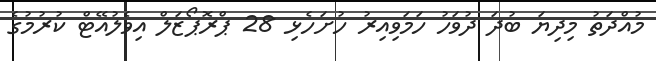
މުއްދަތު މިދިޔަ ބުދަ ދުވަހު ހަމަވިއިރު ހުށަހެޅި 28 ޕްރޮޕޯޒަލް އިވެލުއޭޓް ކުރުމުގެ